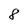
Character: 8